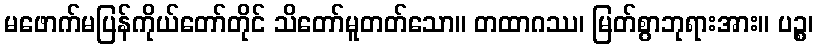
မဖောက်မပြန်ကိုယ်တော်တိုင် သိတော်မူတတ်သော။ တထာဂဿ၊ မြတ်စွာဘုရားအား။ ပဉ္စ၊